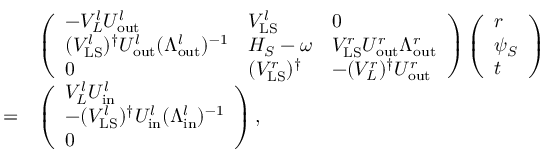
\begin{array} { r l } & { \left( \begin{array} { l l l } { - V _ { L } ^ { l } U _ { \mathrm { o u t } } ^ { l } } & { V _ { \mathrm { L S } } ^ { l } } & { 0 } \\ { ( V _ { \mathrm { L S } } ^ { l } ) ^ { \dagger } U _ { \mathrm { o u t } } ^ { l } ( \Lambda _ { \mathrm { o u t } } ^ { l } ) ^ { - 1 } } & { H _ { S } - \omega } & { V _ { \mathrm { L S } } ^ { r } U _ { \mathrm { o u t } } ^ { r } \Lambda _ { \mathrm { o u t } } ^ { r } } \\ { 0 } & { ( V _ { \mathrm { L S } } ^ { r } ) ^ { \dagger } } & { - ( V _ { L } ^ { r } ) ^ { \dagger } U _ { \mathrm { o u t } } ^ { r } } \end{array} \right) \left( \begin{array} { l } { r } \\ { \psi _ { S } } \\ { t } \end{array} \right) } \\ { = } & { \left( \begin{array} { l } { V _ { L } ^ { l } U _ { \mathrm { i n } } ^ { l } } \\ { - ( V _ { \mathrm { L S } } ^ { l } ) ^ { \dagger } U _ { \mathrm { i n } } ^ { l } ( \Lambda _ { \mathrm { i n } } ^ { l } ) ^ { - 1 } } \\ { 0 } \end{array} \right) , } \end{array}